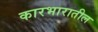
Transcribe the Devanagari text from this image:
कारभारातील